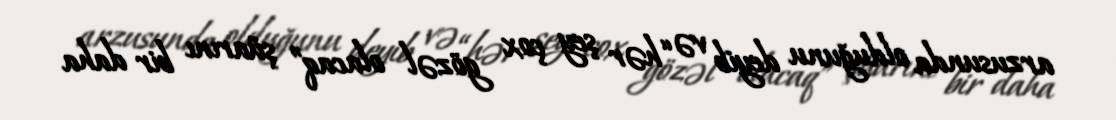
arzusunda olduğunu deyib və “hər şey çox gözəl olacaq” şüarını bir daha